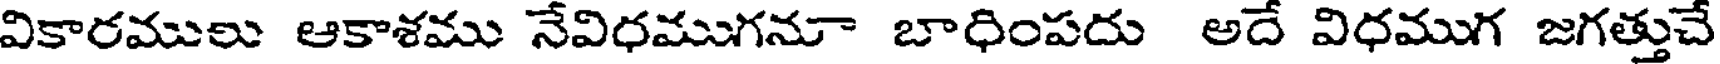
వికారములు ఆకాశము నేవిధముగనూ బాధింపదు అదే విధముగ జగత్తుచే